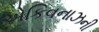
એકિવનાઝની